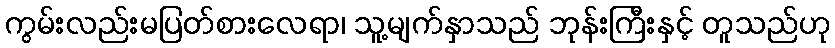
ကွမ်းလည်းမပြတ်စားလေရာ၊ သူ့မျက်နှာသည် ဘုန်းကြီးနှင့် တူသည်ဟု